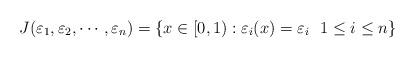
LaTeX: \begin{align*}J(\varepsilon_1 ,\varepsilon_2, \cdots, \varepsilon_n) = \{x \in [0,1):\varepsilon_i(x)=\varepsilon_i \ \ 1 \leq i \leq n\}\end{align*}